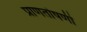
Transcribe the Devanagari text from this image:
प्राणतोषणी